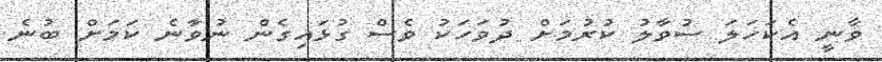
ވާނީ އެކަހަލަ ސުވާލު ކުރުމަށް ދުވަހަކު ވެސް ގުޅައިގެން ނުވާނެ ކަމަށް ބުނެ